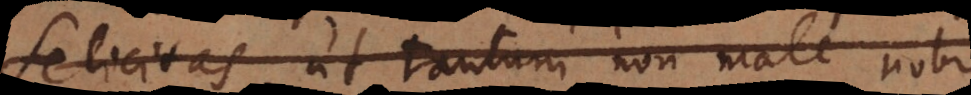
felicitas, ut tantum non male nobis